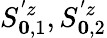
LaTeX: S_{\boldsymbol{0},1}^{'z},S_{\boldsymbol{0},2}^{'z}